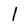
Character: l